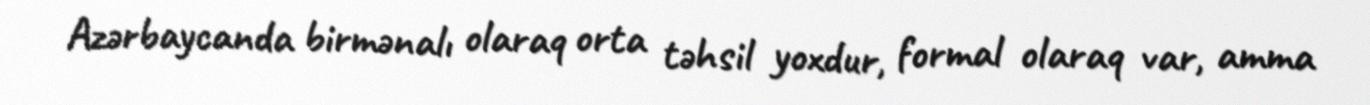
Azərbaycanda birmənalı olaraq orta təhsil yoxdur, formal olaraq var, amma